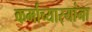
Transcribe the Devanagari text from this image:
कर्माच्यार्‍यांना